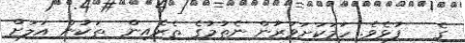
ގެ   ފުޅެވެ. ހަމަކަށަވަރުން ނެތުމުގެ ތެރެއިން  ތަކުން އަލަށް